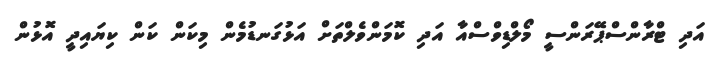
އަދި ޓްރާންސްޕޭރަންސީ މޯލްޑިވްސްއާ އަދި ކޮމަންވެލްތަށް އަޅުގަނޑުމެން މިކަން ކަން ކިޔައިދީ އޮޅުން